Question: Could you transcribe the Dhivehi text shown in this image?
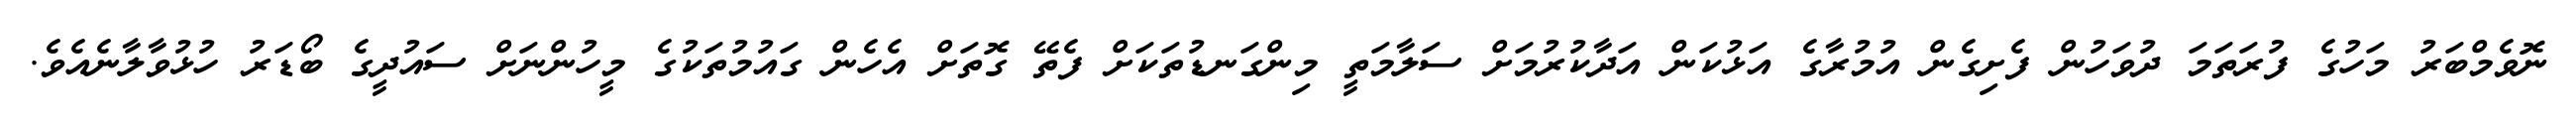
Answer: ނޮވެމްބަރު މަހުގެ ފުރަތަމަ ދުވަހުން ފެށިގެން އުމުރާގެ އަޅުކަން އަދާކުރުމަށް ސަލާމަތީ މިންގަނޑުތަކަށް ފެތޭ ގޮތަށް އެހެން ގައުމުތަކުގެ މީހުންނަށް ސައުދީގެ ބޯޑަރު ހުޅުވާލާނެއެވެ.